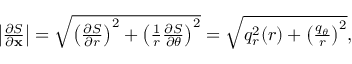
\begin{array} { r } { \left| \frac { \partial S } { \partial \mathbf { x } } \right| = \sqrt { \left( \frac { \partial S } { \partial r } \right) ^ { 2 } + \left( \frac { 1 } { r } \frac { \partial S } { \partial \theta } \right) ^ { 2 } } = \sqrt { q _ { r } ^ { 2 } ( r ) + \left( \frac { q _ { \theta } } { r } \right) ^ { 2 } } , } \end{array}